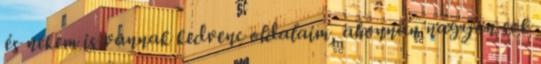
és nekem is vannak kedvenc oldalaim, ahonnan nagyon sok